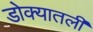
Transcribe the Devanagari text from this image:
डोक्यातली